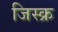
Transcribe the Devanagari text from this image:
जिस्क्र